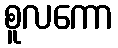
စူလကော